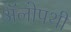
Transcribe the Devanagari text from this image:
अॅलोपथी